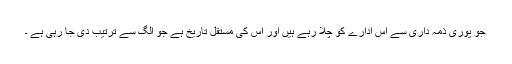
جو پوری ذمہ داری سے اس ادارے کو چلا رہے ہیں اور اس کی مستقل تاریخ ہے جو الگ سے ترتیب دی جا رہی ہے ۔